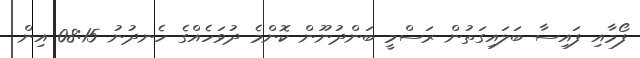
ފޯމާއި ފައިސާ ބަލައިގަތުން ރަސްމީ ބަންދުނޫން ކޮންމެ ދުވަހެއްގެ ހެނދުނު 08:15 އިން